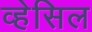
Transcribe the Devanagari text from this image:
व्हेसिल